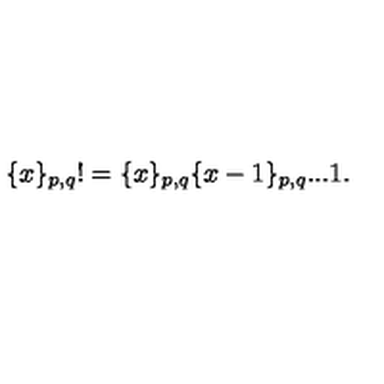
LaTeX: \{ x \} _ { p , q } ! = \{ x \} _ { p , q } \{ x - 1 \} _ { p , q } . . . 1 .